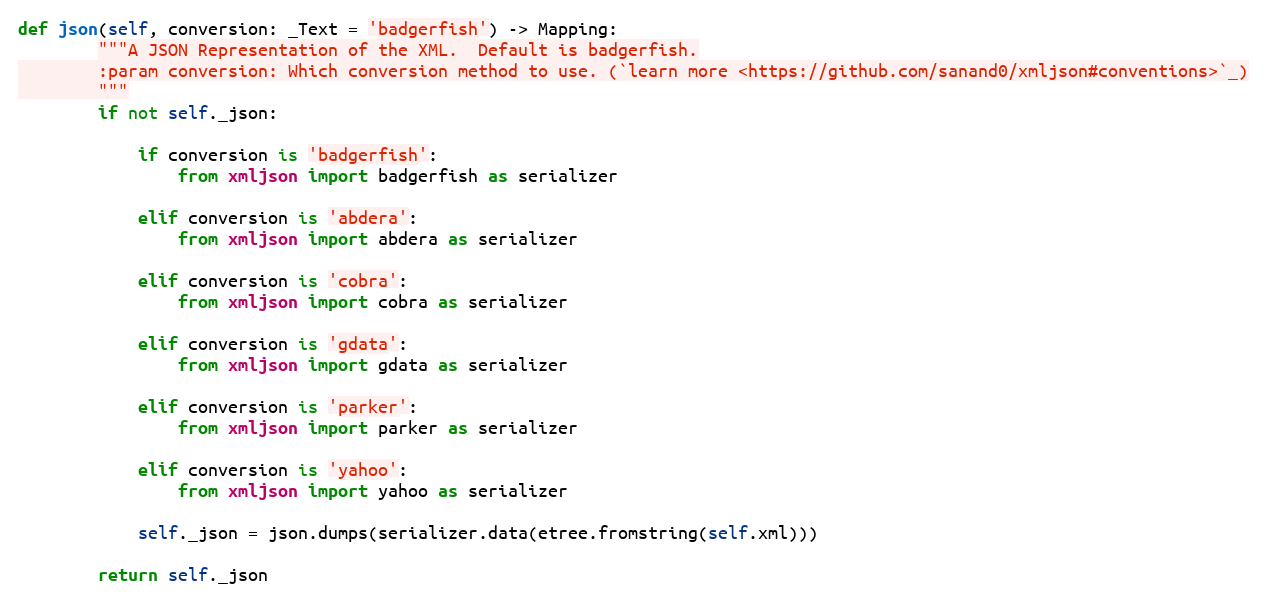
Language: Python
def json(self, conversion: _Text = 'badgerfish') -> Mapping:
        """A JSON Representation of the XML.  Default is badgerfish.
        :param conversion: Which conversion method to use. (`learn more <https://github.com/sanand0/xmljson#conventions>`_)
        """
        if not self._json:

            if conversion is 'badgerfish':
                from xmljson import badgerfish as serializer

            elif conversion is 'abdera':
                from xmljson import abdera as serializer

            elif conversion is 'cobra':
                from xmljson import cobra as serializer

            elif conversion is 'gdata':
                from xmljson import gdata as serializer

            elif conversion is 'parker':
                from xmljson import parker as serializer

            elif conversion is 'yahoo':
                from xmljson import yahoo as serializer

            self._json = json.dumps(serializer.data(etree.fromstring(self.xml)))

        return self._json